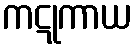
ကဋုကာယ